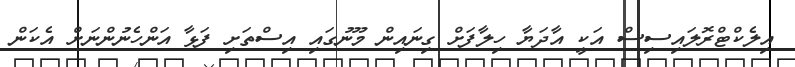
އިލެކްޓްރޮލައިސިސް އަކީ އާދަޔާ ހިލާފަށް ގިނައިން މޫނުގައި އިސްތަށި ފަޅާ އަންހެނުންނަށް އެކަން